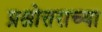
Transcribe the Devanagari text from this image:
प्रश्नोत्तराच्या